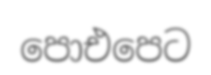
පොඑපෙට